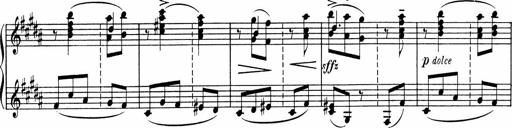
Title: Sonatine pour piano
Composer: Albert Roussel